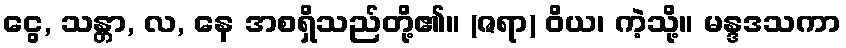
ငွေ, သန္တာ, လ, နေ အစရှိသည်တို့၏။ (ဇရာ) ဝိယ၊ ကဲ့သို့။ မန္ဒဒသကာ